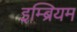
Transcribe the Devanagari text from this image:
इम्ब्रियम